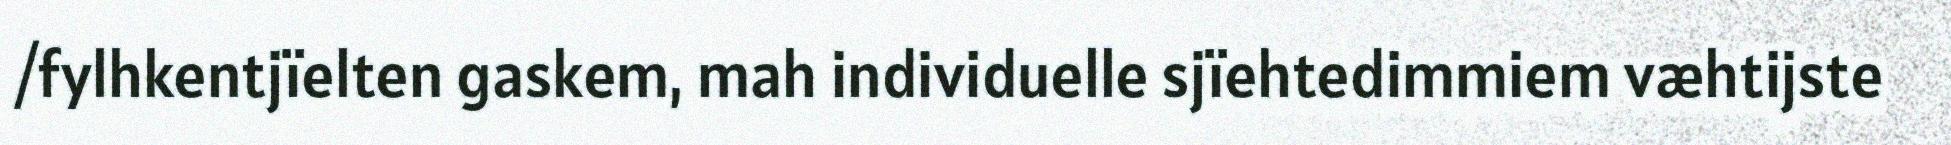
/fylhkentjïelten gaskem, mah individuelle sjïehtedimmiem væhtijste